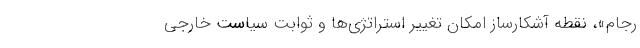
رجام»، نقطه آشکارساز امکان تغییر استراتژی‌ها و ثوابت سیاست خارجی